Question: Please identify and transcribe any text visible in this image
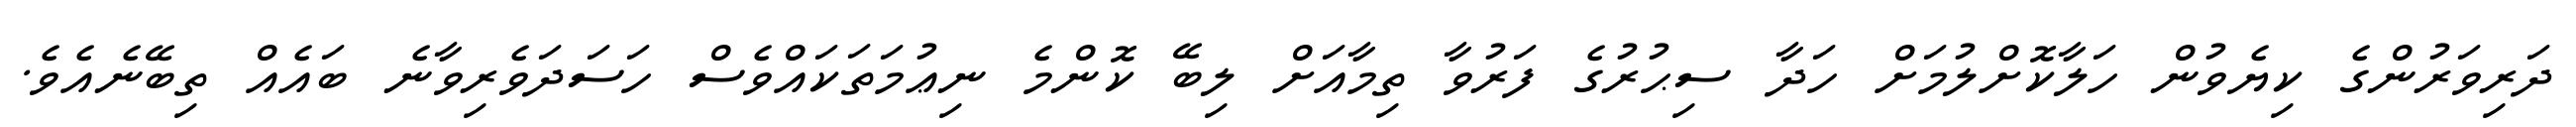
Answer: ދަރިވަރުންގެ ކިޔެވުން ހަލާކޮށްލުމަށް ހަދާ ސިޙުރުގެ ފަރުވާ ތިމާއަށް ލިބޭ ކޮންމެ ނިޢުމަތަކައްވެސް ހަސަދަވެރިވާނެ ބައެއް ތިބޭނެއެވެ.